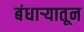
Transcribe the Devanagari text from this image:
बंधाऱ्यातून